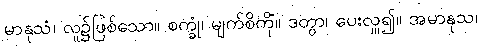
မာနုသံ၊ လူ၌ဖြစ်သော။ စက္ခုံ၊ မျက်စိကို။ ဒတွာ၊ ပေးလှူ၍။ အမာနုသံ၊